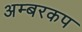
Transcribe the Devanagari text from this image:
अम्बरकप